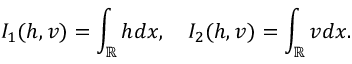
I _ { 1 } ( h , v ) = \int _ { \mathbb R } h d x , \quad I _ { 2 } ( h , v ) = \int _ { \mathbb R } v d x .